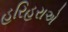
હરિહરાએ